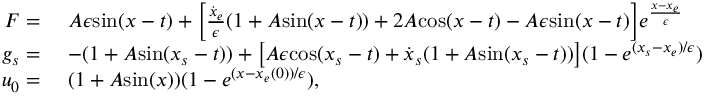
\begin{array} { r l } { F = \ } & { A \epsilon \mathrm { s i n } ( x - t ) + \Big [ \frac { \dot { x } _ { e } } { \epsilon } ( 1 + A \mathrm { s i n } ( x - t ) ) + 2 A \mathrm { c o s } ( x - t ) - A \epsilon \mathrm { s i n } ( x - t ) \Big ] e ^ { \frac { x - x _ { e } } { \epsilon } } } \\ { g _ { s } = \ } & { - ( 1 + A \mathrm { s i n } ( x _ { s } - t ) ) + \big [ A \epsilon \mathrm { c o s } ( x _ { s } - t ) + \dot { x } _ { s } ( 1 + A \mathrm { s i n } ( x _ { s } - t ) ) \big ] ( 1 - e ^ { ( x _ { s } - x _ { e } ) / \epsilon } ) } \\ { u _ { 0 } = \ } & { ( 1 + A \mathrm { s i n } ( x ) ) ( 1 - e ^ { ( x - x _ { e } ( 0 ) ) / \epsilon } ) , } \end{array}